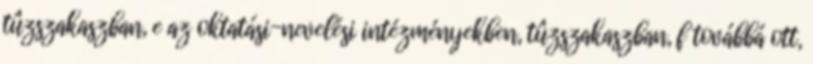
tûzszakaszban, e az oktatási-nevelési intézményekben, tûzszakaszban, f továbbá ott,